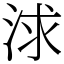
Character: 浗